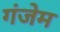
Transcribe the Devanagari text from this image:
गंजेम